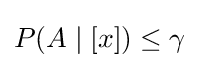
\textstyle P(A\mid [x])\leq \gamma